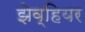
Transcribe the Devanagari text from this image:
झेव्हियर